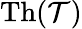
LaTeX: \operatorname{Th}({\mathcal{T}})